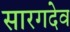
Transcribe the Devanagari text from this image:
सारगदेव